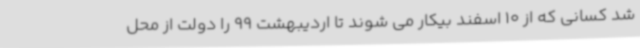
شد کسانی که از 10 اسفند بیکار می شوند تا اردیبهشت 99 را دولت از محل